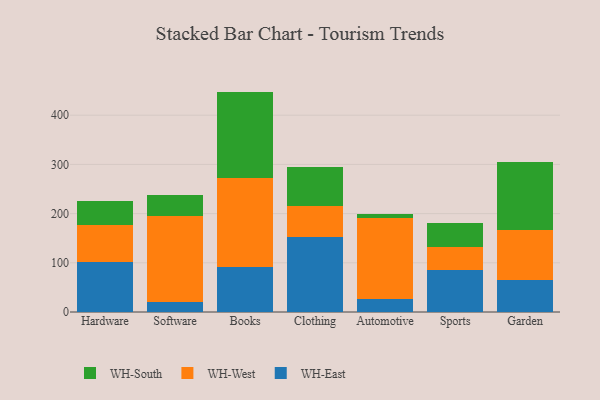
{"axis": {"x": "Category", "y": "Churn Rate (%)"}, "legend": ["WH-East", "WH-South", "WH-West"], "data": [{"x": "Hardware", "y": 102.0, "type": "WH-East"}, {"x": "Hardware", "y": 75.2, "type": "WH-West"}, {"x": "Hardware", "y": 49.1, "type": "WH-South"}, {"x": "Software", "y": 20.3, "type": "WH-East"}, {"x": "Software", "y": 174.2, "type": "WH-West"}, {"x": "Software", "y": 44.3, "type": "WH-South"}, {"x": "Books", "y": 92.4, "type": "WH-East"}, {"x": "Books", "y": 179.3, "type": "WH-West"}, {"x": "Books", "y": 176.3, "type": "WH-South"}, {"x": "Clothing", "y": 153.3, "type": "WH-East"}, {"x": "Clothing", "y": 61.6, "type": "WH-West"}, {"x": "Clothing", "y": 80.4, "type": "WH-South"}, {"x": "Automotive", "y": 26.4, "type": "WH-East"}, {"x": "Automotive", "y": 165.6, "type": "WH-West"}, {"x": "Automotive", "y": 8.1, "type": "WH-South"}, {"x": "Sports", "y": 85.6, "type": "WH-East"}, {"x": "Sports", "y": 46.3, "type": "WH-West"}, {"x": "Sports", "y": 48.6, "type": "WH-South"}, {"x": "Garden", "y": 64.5, "type": "WH-East"}, {"x": "Garden", "y": 102.3, "type": "WH-West"}, {"x": "Garden", "y": 138.8, "type": "WH-South"}]}